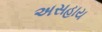
અસહાય